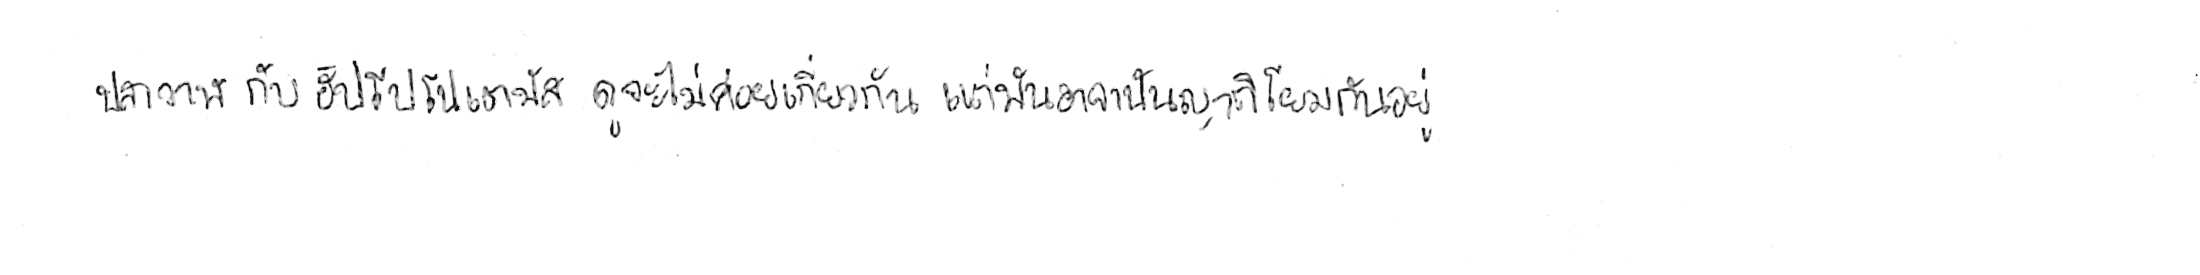
ปลาวาฬ กับ ฮิปโปโปเตมัส ดูจะไม่ค่อยเกี่ยวกัน แต่มันอาจเป็นญาติโยมกันอยู่